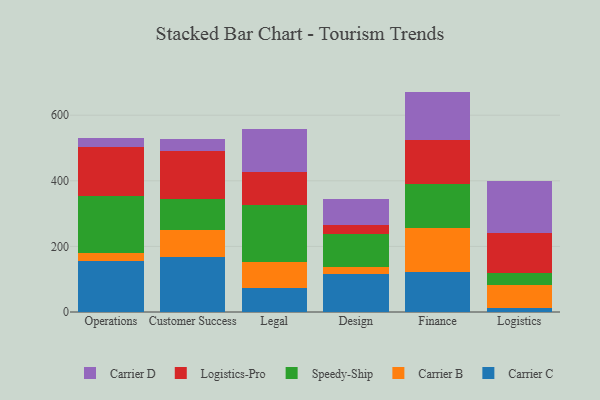
{"axis": {"x": "Department", "y": "Shipments"}, "legend": ["Carrier B", "Carrier C", "Carrier D", "Logistics-Pro", "Speedy-Ship"], "data": [{"x": "Operations", "y": 156.1, "type": "Carrier C"}, {"x": "Operations", "y": 22.7, "type": "Carrier B"}, {"x": "Operations", "y": 176.2, "type": "Speedy-Ship"}, {"x": "Operations", "y": 149.4, "type": "Logistics-Pro"}, {"x": "Operations", "y": 27.2, "type": "Carrier D"}, {"x": "Customer Success", "y": 166.5, "type": "Carrier C"}, {"x": "Customer Success", "y": 83.1, "type": "Carrier B"}, {"x": "Customer Success", "y": 96.3, "type": "Speedy-Ship"}, {"x": "Customer Success", "y": 143.6, "type": "Logistics-Pro"}, {"x": "Customer Success", "y": 37.6, "type": "Carrier D"}, {"x": "Legal", "y": 71.9, "type": "Carrier C"}, {"x": "Legal", "y": 82.0, "type": "Carrier B"}, {"x": "Legal", "y": 172.4, "type": "Speedy-Ship"}, {"x": "Legal", "y": 100.9, "type": "Logistics-Pro"}, {"x": "Legal", "y": 130.5, "type": "Carrier D"}, {"x": "Design", "y": 115.1, "type": "Carrier C"}, {"x": "Design", "y": 21.9, "type": "Carrier B"}, {"x": "Design", "y": 101.2, "type": "Speedy-Ship"}, {"x": "Design", "y": 25.8, "type": "Logistics-Pro"}, {"x": "Design", "y": 79.1, "type": "Carrier D"}, {"x": "Finance", "y": 121.7, "type": "Carrier C"}, {"x": "Finance", "y": 134.6, "type": "Carrier B"}, {"x": "Finance", "y": 134.6, "type": "Speedy-Ship"}, {"x": "Finance", "y": 133.3, "type": "Logistics-Pro"}, {"x": "Finance", "y": 147.8, "type": "Carrier D"}, {"x": "Logistics", "y": 12.8, "type": "Carrier C"}, {"x": "Logistics", "y": 70.5, "type": "Carrier B"}, {"x": "Logistics", "y": 35.7, "type": "Speedy-Ship"}, {"x": "Logistics", "y": 121.5, "type": "Logistics-Pro"}, {"x": "Logistics", "y": 158.4, "type": "Carrier D"}]}